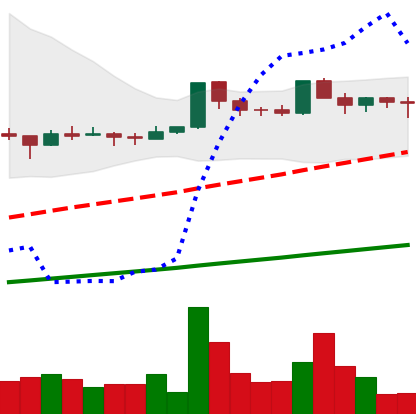
Ticker: DOGE-USD
Chart end date: 2021-03-18
Forward return: -6.669%
Label: down_5_7